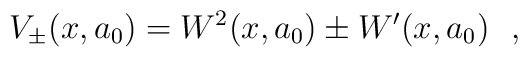
V_{\pm}(x,a_0)=W^2(x,a_0) \pm W'(x,a_0)~~,